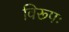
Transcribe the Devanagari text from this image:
विरूपः